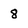
Character: 8